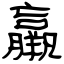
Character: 羸